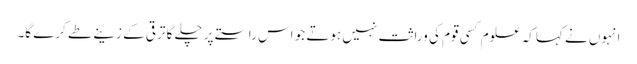
انہوں نے کہا کہ علوم کسی قوم کی وراثت نہیں ہوتے جو اس راستے پر چلے گا ترقی کے زینے طے کرے گا۔